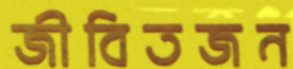
জীবিতজন